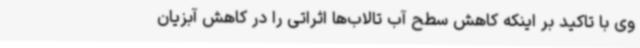
وی با تاکید بر اینکه کاهش سطح آب تالاب‌ها اثراتی را در کاهش آبزیان